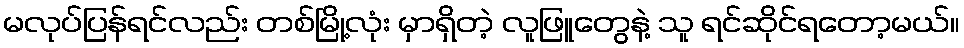
မလုပ်ပြန်ရင်လည်း တစ်မြို့လုံး မှာရှိတဲ့ လူဖြူတွေနဲ့ သူ ရင်ဆိုင်ရတော့မယ်။